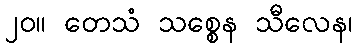
၂၀။ တေသံ သစ္စေန သီလေန၊